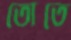
তোতে